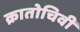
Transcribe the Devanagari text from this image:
क्रातोचिवी